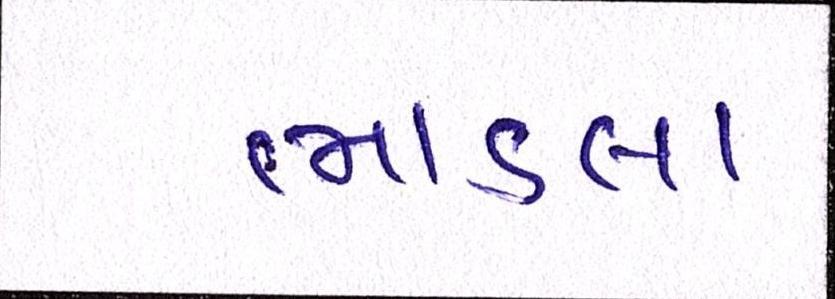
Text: ભાડલા